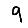
Digit: 9